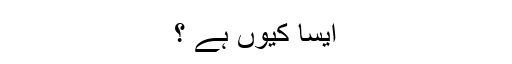
ایسا کیوں ہے ؟